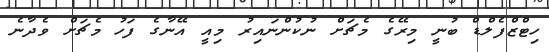
ހިޓްޒްފެލްޑް ބުނީ މިރޭގެ މެޗަށް ނުކުންނައިރު މިއީ އޭނާގެ ފަހު މެޗަށް ވެދާނެ